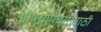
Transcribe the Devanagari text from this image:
औषधोपचारासाठी